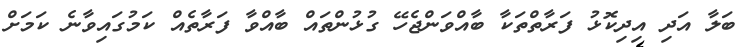
ބަލާ އަދި އިދިކޮޅު ފަރާތްތަކާ ބާއްވަންޖެހޭ ގުޅުންތައް ބާއްވާ ފަރާތެއް ކަމުގައިވާނެ ކަމަށް